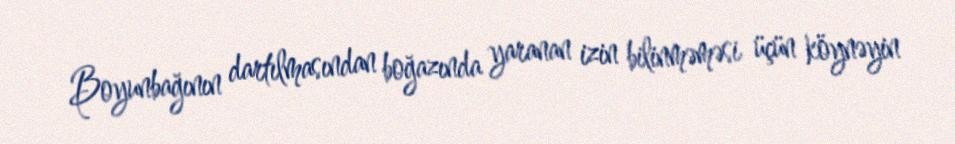
Boyunbağının dartılmasından boğazında yaranan izin bilinməməsi üçün köynəyin